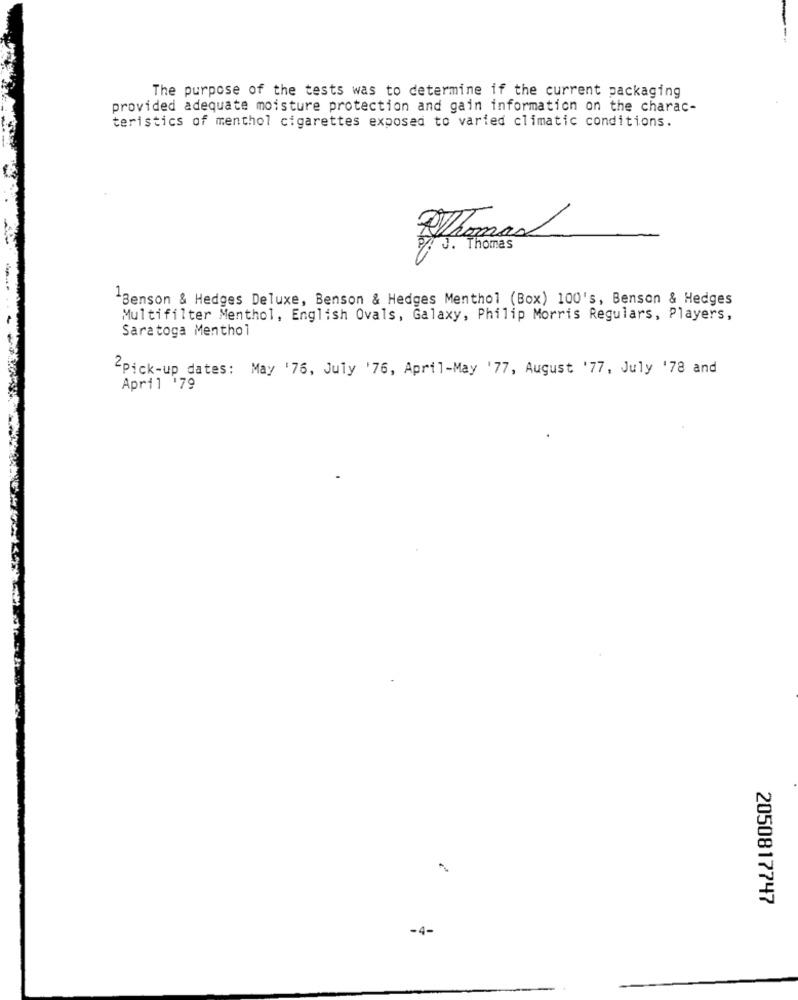
The purpose of the tests was to determine if the current packaging
provided adequate moisture protection and gain information on the charac-
teristics of menthol cigarettes exposed to varied climatic conditions.
J . Thomas
-Benson & Hedges Deluxe, Benson & Hedges Menthol (Box) 100's, Benson & Hedges
Multifilter Menthol, English Ovals, Galaxy, Philip Morris Regulars, Players,
Saratoga Menthol
"Pick-up dates: May '76, July '76, April-May '77, August '77, July '78 and
April '79
2050817747
-4-